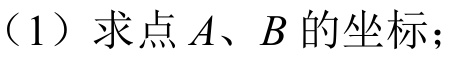
（1）求点\(A、B\)的坐标；